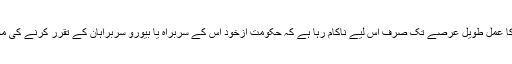
احتساب کا عمل طویل عرصے تک صرف اس لیے ناکام رہا ہے کہ حکومت ازخود اس کے سربراہ یا بیورو سربراہان کے تقرر کرنے کی مجاز تھی۔